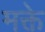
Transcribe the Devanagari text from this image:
मक्ते